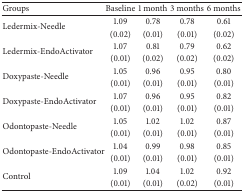
<table><thead><tr><td><b>Groups</b></td><td><b>Baseline</b></td><td><b>1 month </b></td><td><b>3 months </b></td><td><b>6 months </b></td></tr></thead><tbody><tr><td rowspan="2">Ledermix-Needle</td><td>1.09</td><td>0.78</td><td>0.78</td><td>0.61</td></tr><tr><td>(0.02)</td><td>(0.01)</td><td>(0.01)</td><td>(0.02)</td></tr><tr><td rowspan="2">Ledermix-EndoActivator</td><td>1.07</td><td>0.81</td><td>0.79</td><td>0.62</td></tr><tr><td>(0.01)</td><td>(0.02)</td><td>(0.02)</td><td>(0.02)</td></tr><tr><td rowspan="2">Doxypaste-Needle</td><td>1.05</td><td>0.96</td><td>0.95</td><td>0.80</td></tr><tr><td>(0.01)</td><td>(0.01)</td><td>(0.01)</td><td>(0.01)</td></tr><tr><td rowspan="2">Doxypaste-EndoActivator</td><td>1.07</td><td>0.96</td><td>0.95</td><td>0.82</td></tr><tr><td>(0.01)</td><td>(0.01)</td><td>(0.01)</td><td>(0.01)</td></tr><tr><td rowspan="2">Odontopaste-Needle</td><td>1.05</td><td>1.02</td><td>1.02</td><td>0.87</td></tr><tr><td>(0.01)</td><td>(0.01)</td><td>(0.01)</td><td>(0.01)</td></tr><tr><td rowspan="2">Odontopaste-EndoActivator</td><td>1.04</td><td>0.99</td><td>0.98</td><td>0.85</td></tr><tr><td>(0.01)</td><td>(0.01)</td><td>(0.01)</td><td>(0.01)</td></tr><tr><td rowspan="2">Control</td><td>1.09</td><td>1.04</td><td>1.02</td><td>0.92</td></tr><tr><td>(0.01)</td><td>(0.01)</td><td>(0.02)</td><td>(0.01)</td></tr></tbody></table>